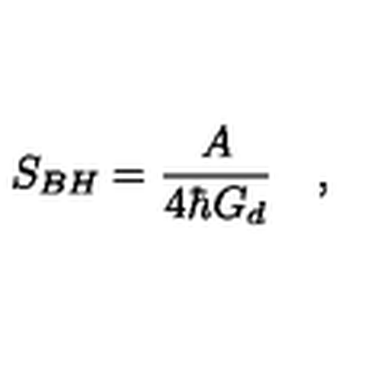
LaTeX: S _ { B H } = { \frac { A } { 4 \hbar G _ { d } } } \quad ,